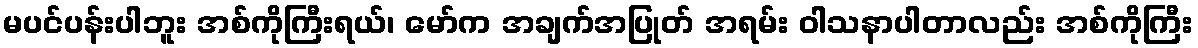
မပင်ပန်းပါဘူး အစ်ကိုကြီးရယ်၊ မော်က အချက်အပြုတ် အရမ်း ဝါသနာပါတာလည်း အစ်ကိုကြီး